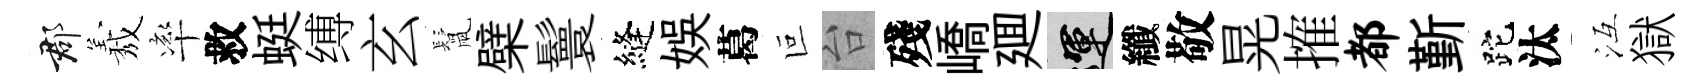
郡𦏁率救蜓缚玄鬛檗鬟縫娱葛叵台殘嶠廽運纖敬晃搉都斳跎汰冱獄